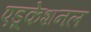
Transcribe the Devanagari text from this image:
एडूकेशनल